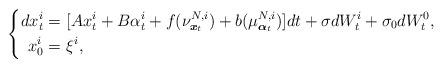
LaTeX: \begin{align*} \left\{ \begin{aligned}dx^i_t=&~[Ax^i_t+B\alpha^i_t+f(\nu^{N,i}_{\boldsymbol{x}_t})+b(\mu^{N,i}_{\boldsymbol{\alpha}_t})]dt+\sigma dW^i_t+\sigma_0dW^0_t,\\ x^i_0=&~\xi^i, \end{aligned} \right. \end{align*}